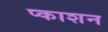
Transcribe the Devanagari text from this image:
प्काशन